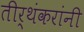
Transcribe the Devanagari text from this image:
तीर्थंकरांनी